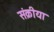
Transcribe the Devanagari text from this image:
संक्रीया